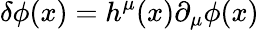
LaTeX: \delta\phi(x)=h^{\mu}(x)\partial_{\mu}\phi(x)